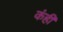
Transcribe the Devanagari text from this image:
कंही